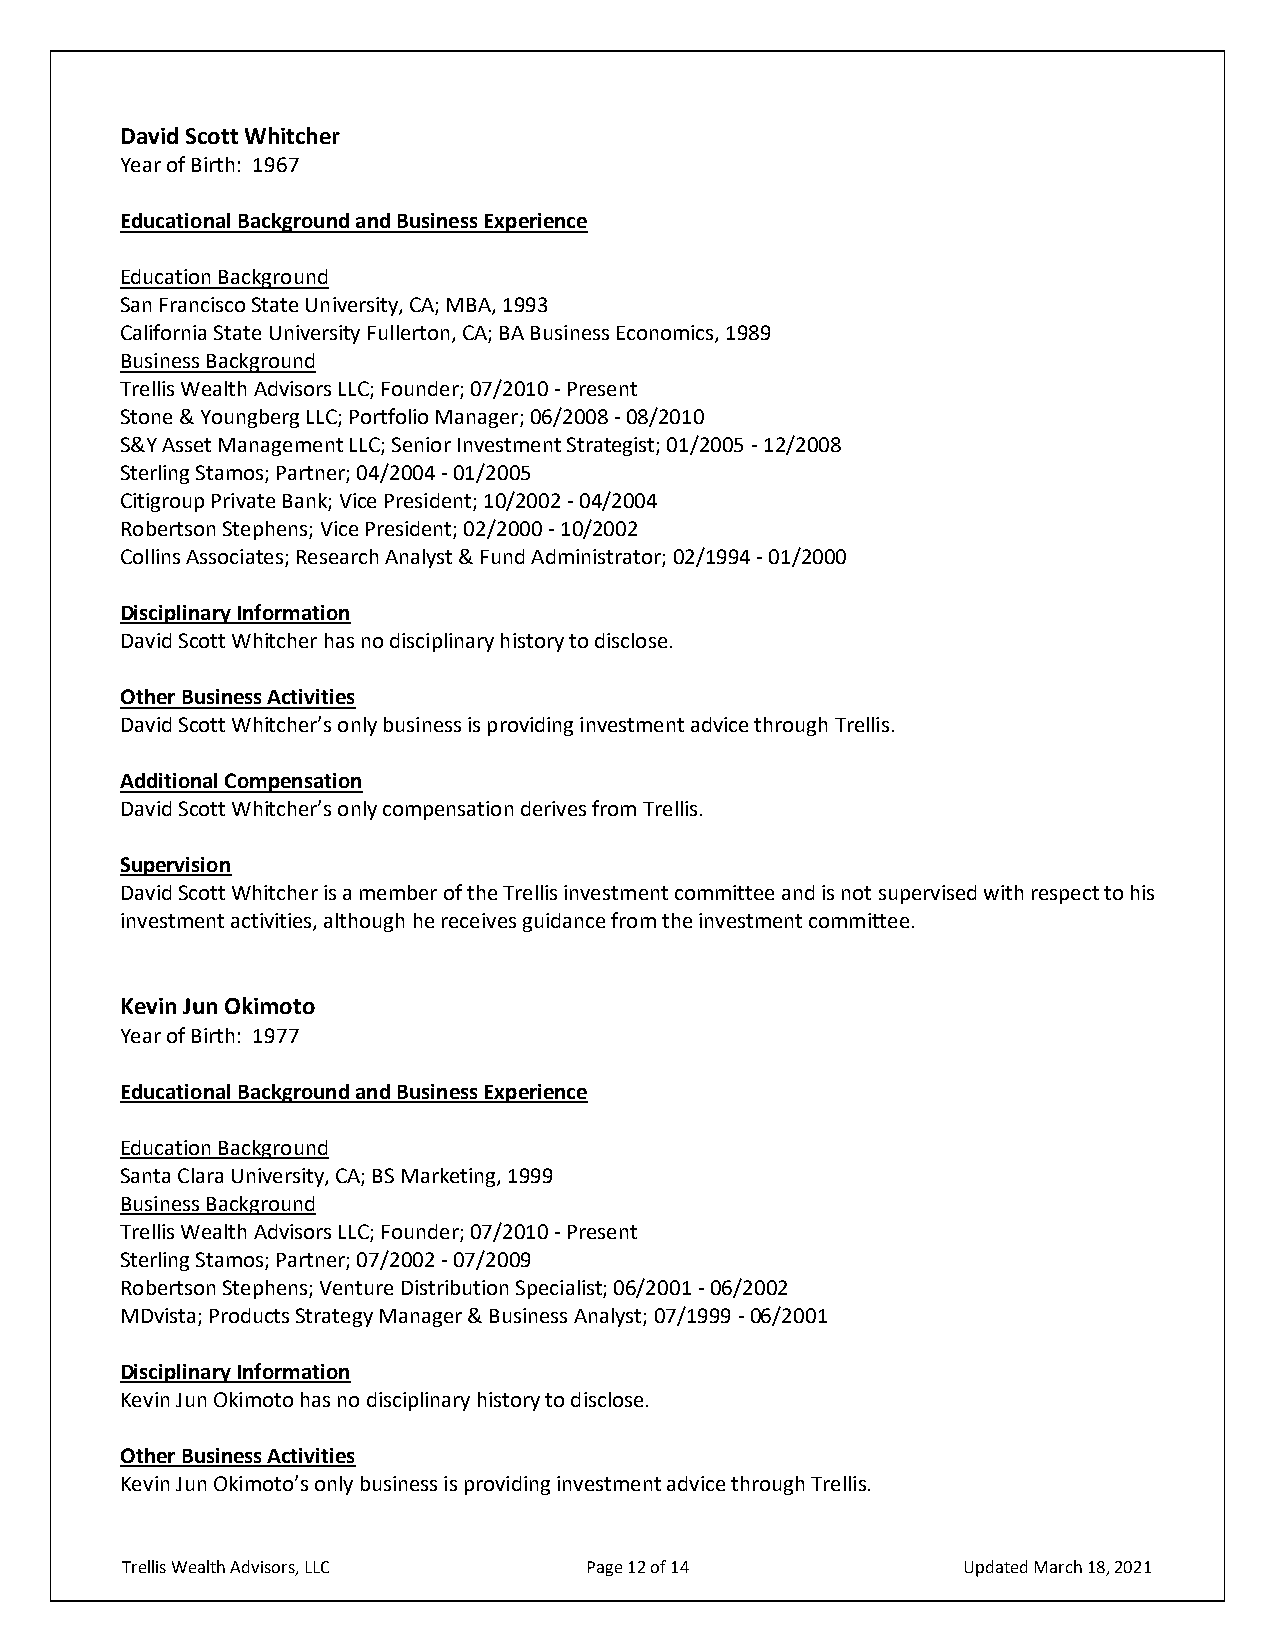
David Scott Whitcher
 Year of Birth: 1967
 Educational Background and Business Experience
 Education Background
 San Francisco State University, CA; MBA, 1993
 California State University Fullerton, CA; BA Business Economics, 1989
 Business Background
 Trellis Wealth Advisors LLC; Founder; 07/2010 - Present
 Stone & Youngberg LLC; Portfolio Manager; 06/2008 - 08/2010
 S&Y Asset Management LLC; Senior Investment Strategist; 01/2005 - 12/2008
 Sterling Stamos; Partner; 04/2004 - 01/2005
 Citigroup Private Bank; Vice President; 10/2002 - 04/2004
 Robertson Stephens; Vice President; 02/2000 - 10/2002
 Collins Associates; Research Analyst & Fund Administrator; 02/1994 - 01/2000
 Disciplinary Information
 David Scott Whitcher has no disciplinary history to disclose.
 Other Business Activities
 David Scott Whitcher’s only business is providing investment advice through Trellis.
 Additional Compensation
 David Scott Whitcher’s only compensation derives from Trellis.
 Supervision
 David Scott Whitcher is a member of the Trellis investment committee and is not supervised with respect to his
 investment activities, although he receives guidance from the investment committee.
 Kevin Jun Okimoto
 Year of Birth: 1977
 Educational Background and Business Experience
 Education Background
 Santa Clara University, CA; BS Marketing, 1999
 Business Background
 Trellis Wealth Advisors LLC; Founder; 07/2010 - Present
 Sterling Stamos; Partner; 07/2002 - 07/2009
 Robertson Stephens; Venture Distribution Specialist; 06/2001 - 06/2002
 MDvista; Products Strategy Manager & Business Analyst; 07/1999 - 06/2001
 Disciplinary Information
 Kevin Jun Okimoto has no disciplinary history to disclose.
 Other Business Activities
 Kevin Jun Okimoto’s only business is providing investment advice through Trellis.
 Trellis Wealth Advisors, LLC   Page 12 of 14            Updated March 18, 2021